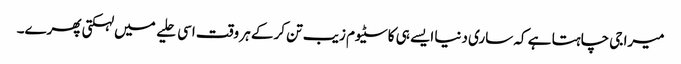
میرا جی چاہتا ہے کہ ساری دنیا ایسے ہی کاسٹیوم زیب تن کرکے ہر وقت اسی حلیے میں لہکتی پھرے۔